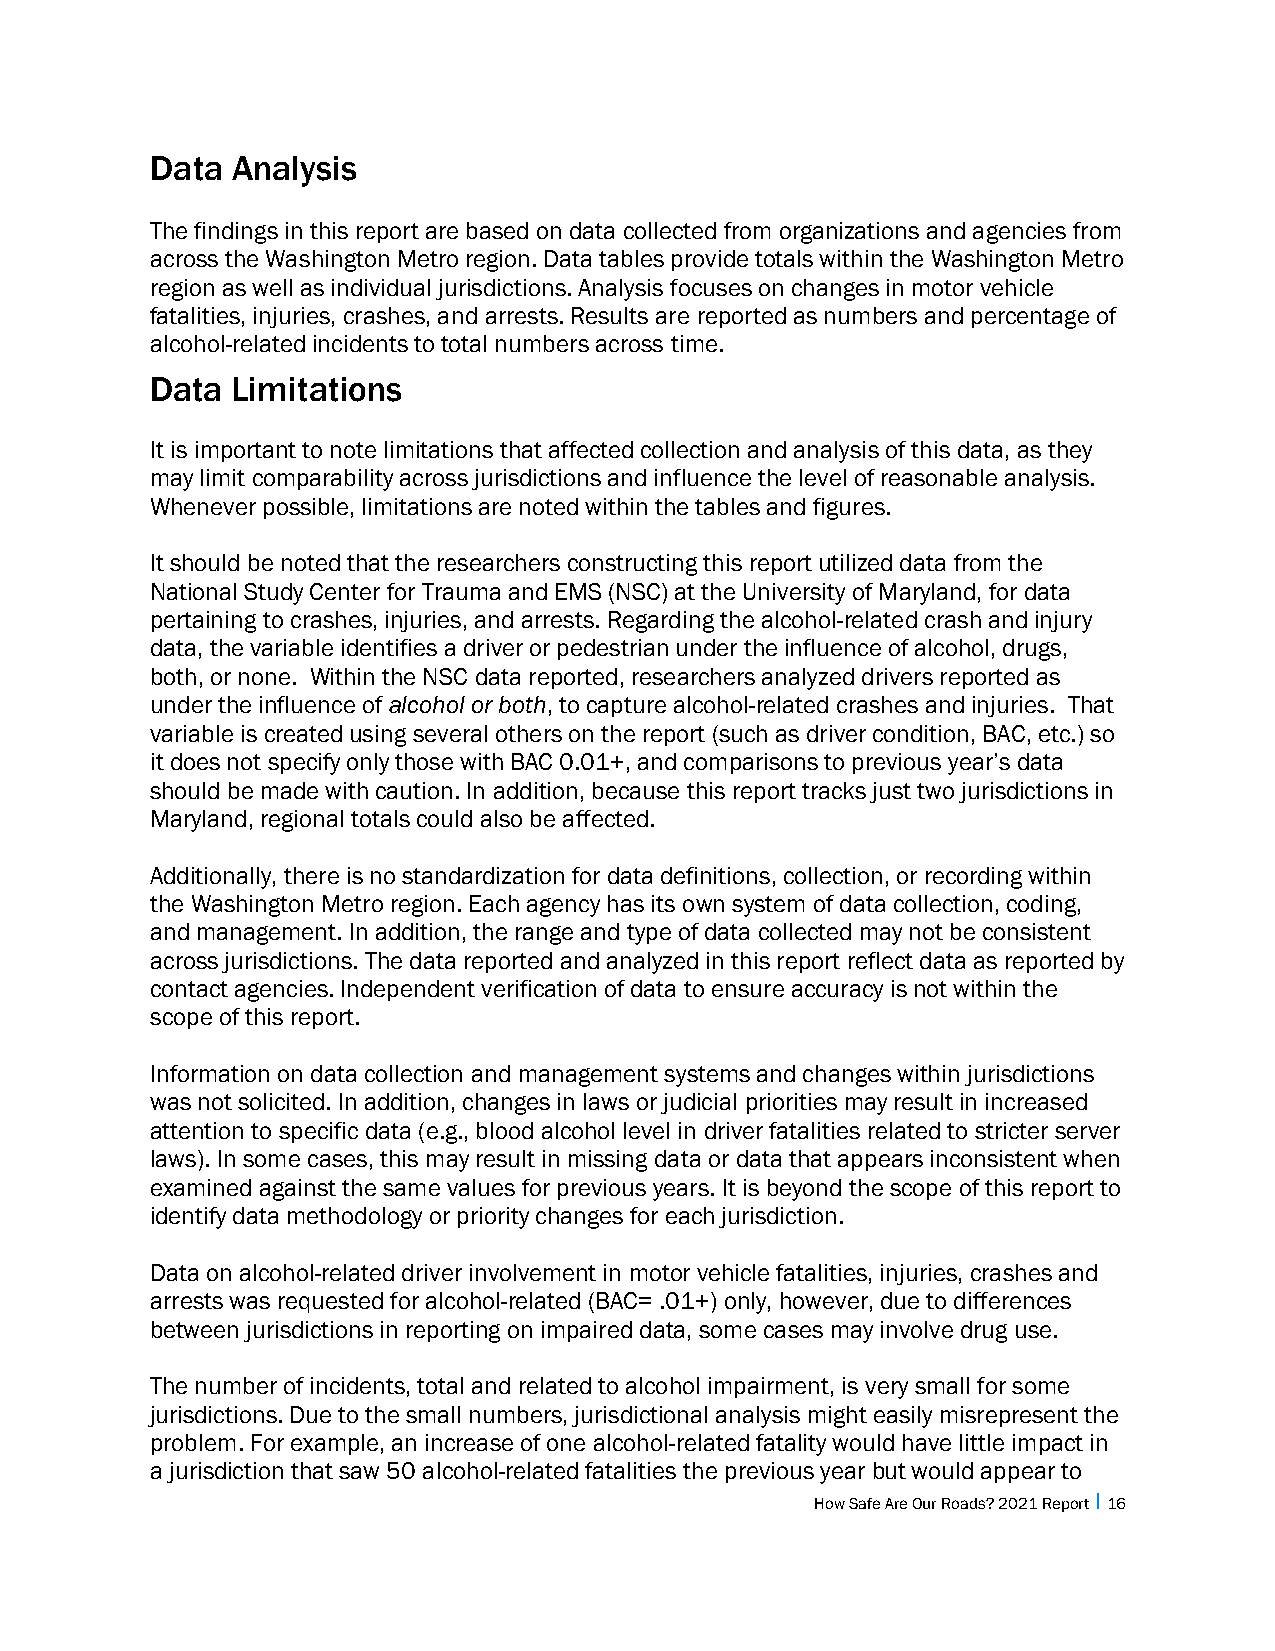
Data Analysis
 The findings in this report are based on data collected from organizations and agencies from
 across the Washington Metro region. Data tables provide totals within the Washington Metro
 region as well as individual jurisdictions. Analysis focuses on changes in motor vehicle
 fatalities, injuries, crashes, and arrests. Results are reported as numbers and percentage of
 alcohol-related incidents to total numbers across time.
 Data Limitations
 It is important to note limitations that affected collection and analysis of this data, as they
 may limit comparability across jurisdictions and influence the level of reasonable analysis.
 Whenever possible, limitations are noted within the tables and figures.
 It should be noted that the researchers constructing this report utilized data from the
 National Study Center for Trauma and EMS (NSC) at the University of Maryland, for data
 pertaining to crashes, injuries, and arrests. Regarding the alcohol-related crash and injury
 data, the variable identifies a driver or pedestrian under the influence of alcohol, drugs,
 both, or none. Within the NSC data reported, researchers analyzed drivers reported as
 under the influence of alcohol or both, to capture alcohol-related crashes and injuries. That
 variable is created using several others on the report (such as driver condition, BAC, etc.) so
 it does not specify only those with BAC 0.01+, and comparisons to previous year’s data
 should be made with caution. In addition, because this report tracks just two jurisdictions in
 Maryland, regional totals could also be affected.
 Additionally, there is no standardization for data definitions, collection, or recording within
 the Washington Metro region. Each agency has its own system of data collection, coding,
 and management. In addition, the range and type of data collected may not be consistent
 across jurisdictions. The data reported and analyzed in this report reflect data as reported by
 contact agencies. Independent verification of data to ensure accuracy is not within the
 scope of this report.
 Information on data collection and management systems and changes within jurisdictions
 was not solicited. In addition, changes in laws or judicial priorities may result in increased
 attention to specific data (e.g., blood alcohol level in driver fatalities related to stricter server
 laws). In some cases, this may result in missing data or data that appears inconsistent when
 examined against the same values for previous years. It is beyond the scope of this report to
 identify data methodology or priority changes for each jurisdiction.
 Data on alcohol-related driver involvement in motor vehicle fatalities, injuries, crashes and
 arrests was requested for alcohol-related (BAC= .01+) only, however, due to differences
 between jurisdictions in reporting on impaired data, some cases may involve drug use.
 The number of incidents, total and related to alcohol impairment, is very small for some
 jurisdictions. Due to the small numbers, jurisdictional analysis might easily misrepresent the
 problem. For example, an increase of one alcohol-related fatality would have little impact in
 a jurisdiction that saw 50 alcohol-related fatalities the previous year but would appear to
 How Safe Are Our Roads? 2021 Report I 16